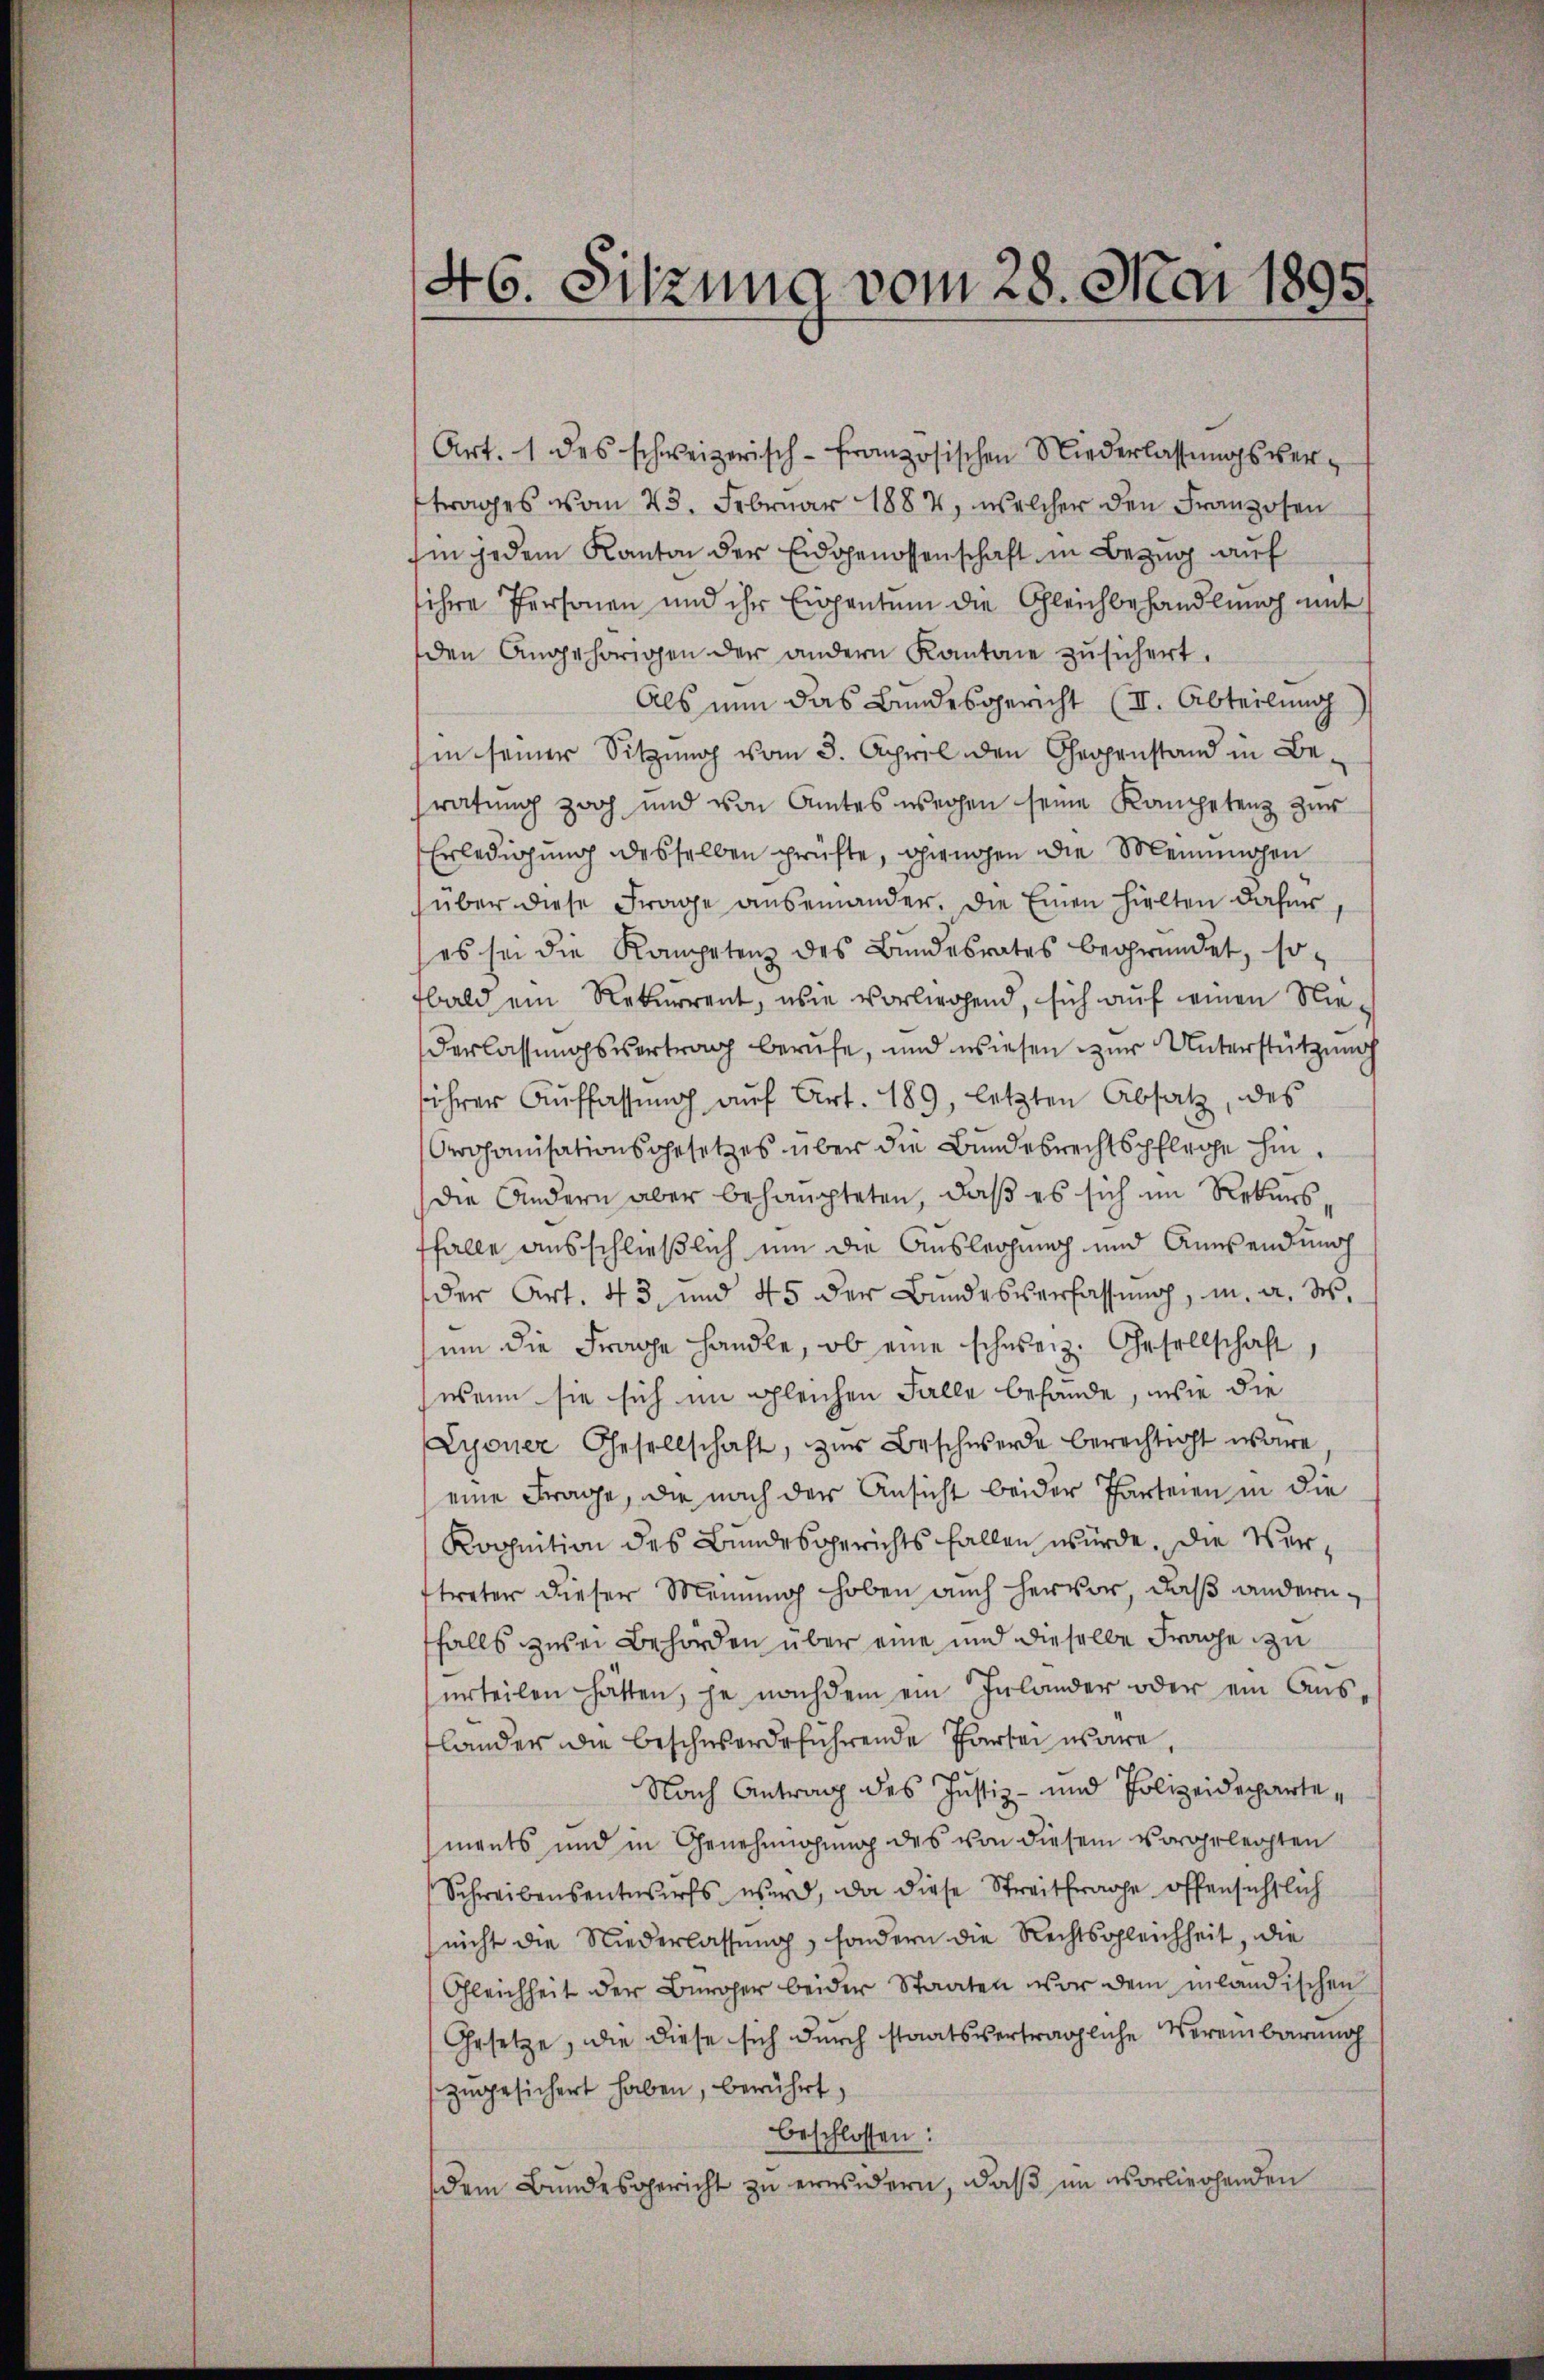
46. Sitzung vom 28. Mai 1895

Art. 1 des schweizerisch-Französischen Niederlassungsvertrages vom 23. Februar 1884, welcher den Franzosen
hin jedem Kanton der Eidgenossenschaft in Bezug auf
ihre Personen und ihr Eigentum die Gleichbehandlung mit
den Angehörigen der andern Kantone zŭsichert.
Als nun das Bundesgericht (II. Abteilung
in seiner Sitzung vom 3. April den Gegenstand in Beratung zog und von Amtes wegen seine Kompetenz zur
Erledigung desselben prüfte, giengen die Meinungen
über diese Frage auseinander. Die Einen hielten daher,
es sei die Kompetenz des Bundesrates begründet, so
bald ein Rekurrent, wie vorliegend, sich auf einen Nie¬
Verlassungsvertrag berufe, und wiesen zur Unterstützung
ihrer Auffassung auf Art. 189, letzten Absatz, des
Organisationsgesetzes über die Bundesrechtspflege hindie Andern aber behaupteten, daß es sich im Rekursffalle ausschließlich um die Auslegung und Anwendung
der Art. 43, und 45 der Bundesverfassŭng, u. a. des
um die Frage handle, ob eine schweiz. Gesellschaft
wenn sie sich im gleichen Falle befände, wie die
Lyoner Gesellschaft, zŭr Beschwerde berechtigt wäre
eine Frage, die nach der Ansicht beider Parteien in die
Kognition des Bundesgerichts fallen würde, die Vertreter dieser Meinung hoben auch hervor, daß andern,
falls zwei Behörden über eine und dieselbe Frage zu
urteilen hätten, je nachdem ein Inlander oder ein Aŭs-
flander die beschwerdeführende Parten wäre,
Nach Antrag des Justiz- und Polizeideparte,
ments und in Genehmigung des von diesem vorgelegten
Schreibensentwurfs wird, da diese Streitfrage offensichtlich
(nicht die Niederlassung, sondern die Rechtsgleichheit, die
Gleichheit der Bürger beider Staaten vor dem inländischen
Gesetze, die diese sich durch staatsverträgliche Vereinbarung
zugesichert haben, berührt,
beschlossen:
dem Bundesgericht zu erwidern, daß im vorliehenden